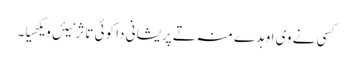
کسی نے وی اوہدے منہ تے پریشانی دا کوئی تاثر نیئں ویکھیا۔